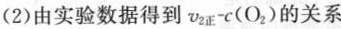
(2)由实验数据得到$$v _ { 2 正 } - c ( O _ { 2 } )$$的关系